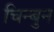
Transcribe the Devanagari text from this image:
चिन्बुन